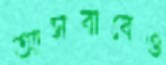
আসবাবেও